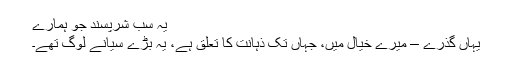
یہ سب شرپسند جو ہمارے
یہاں گذرے – میرے خیال میں، جہاں تک ذہانت کا تعلق ہے، یہ بڑے سیانے لوگ تھے۔